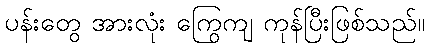
ပန်းတွေ အားလုံး ကြွေကျ ကုန်ပြီးဖြစ်သည်။